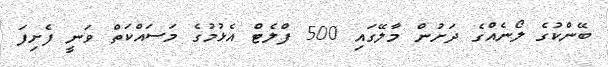
ބޭންކުގެ ލޯނެއްގެ ދަށުން މާލޭގައި 500 ފްލެޓް އެޅުމުގެ މަސައްކަތް ވަނީ ފެށިފަ